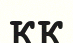
КК